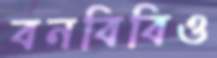
বনবিবিও